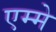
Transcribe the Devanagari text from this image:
एम्मे